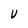
Character: V